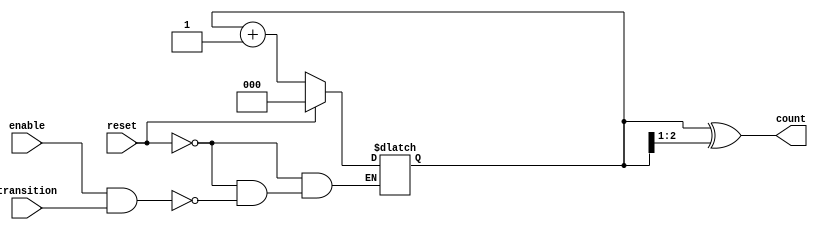
module gray_code_async_counter #(parameter N = 3) (
    input wire reset,           // Asynchronous reset
    input wire enable,         // Enable signal for counting
    input wire transition,     // Input signal for counting transition
    output reg [N-1:0] count   // Current count in Gray code
);

// Internal binary counter to keep track of the count
reg [N-1:0] binary_count;

// Function to convert binary to Gray code
function [N-1:0] binary_to_gray;
    input [N-1:0] binary;
    begin
        binary_to_gray = binary ^ (binary >> 1);
    end
endfunction

// Asynchronous reset and counting logic
always @* begin
    if (reset) begin
        binary_count = 0; // Reset binary count to 0
    end else if (enable && transition) begin
        binary_count = binary_count + 1; // Increment binary count
    end
end

// Gray code output logic
always @* begin
    count = binary_to_gray(binary_count); // Convert binary count to Gray code
end

endmodule